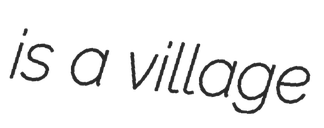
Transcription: is a village